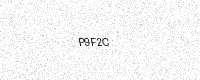
Text: P9F2C